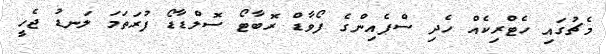
މެޗުގައި ހެޓްރިކެއް ހެދި ސްޕެއިންގެ ފޯވާޑް ރޮބާޓޯ ސޮލްޑާޑޯ ފުރަތަމަ ލަނޑު ޖެހީ